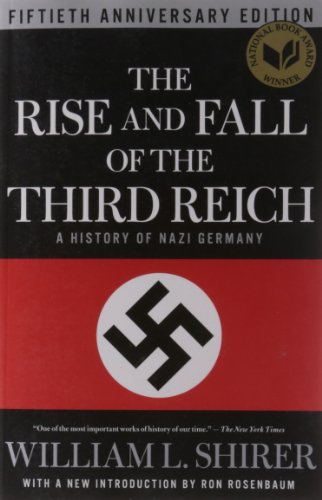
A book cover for The Rise and Fall of the Third Reich: A History of Nazi Germany; William L. Shirer; History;